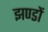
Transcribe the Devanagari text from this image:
झण्‍डों